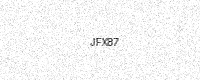
Text: JFX87